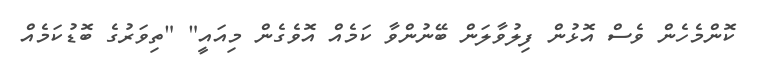
ކޮންމެހެން ވެސް އޮޅުން ފިލުވާލަން ބޭނުންވާ ކަމެއް އޮވެގެން މިއައީ" "ތިވަރުގެ ބޮޑުކަމެއް